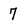
Character: 7